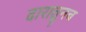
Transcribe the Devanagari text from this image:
दारातूनच